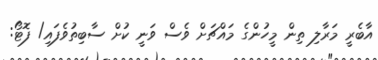
އާބެރީ މަރާލި ތިން މީހުންގެ މައްޗަށް ވެސް ވަނީ ކުށް ސާބިތުވެފައި/ ފޮޓޯ: